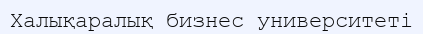
Халықаралық бизнес университеті